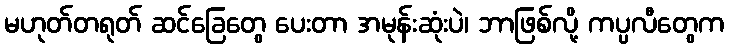
မဟုတ်တရုတ် ဆင်ခြေတွေ ပေးတာ အမုန်းဆုံးပဲ၊ ဘာဖြစ်လို့ ကပ္ပလီတွေက